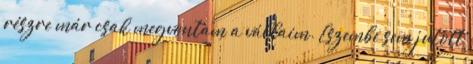
részre már csak megvontam a vállaim. Eszembe sem jutott